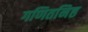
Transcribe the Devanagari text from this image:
गणितनिष्ठ